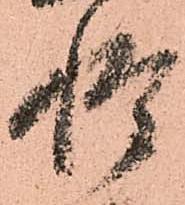
惶